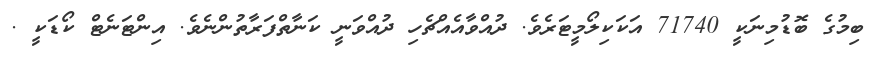
ބިމުގެ ބޮޑުމިނަކީ 71740 އަކަކިލޯމީޓަރެވެ. ދުއްވާއެއްޗެހި ދުއްވަނީ ކަނާތްފަރާތުންނެވެ. އިންޓަނެޓް ކޯޑަކީ .